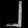
Digit: ၂